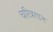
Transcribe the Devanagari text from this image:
चरित्रगान